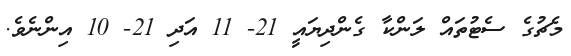
މެޗުގެ ސެޓުތައް ލަންކާ ގެންދިޔައީ 21- 11 އަދި 21- 10 އިންނެވެ.